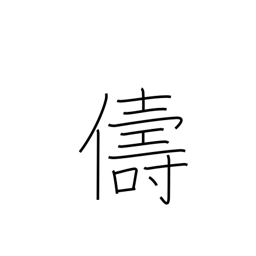
Meaning: similar kind